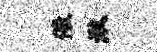
儆湫